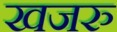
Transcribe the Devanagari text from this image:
खजरु